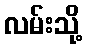
လမ်းသို့